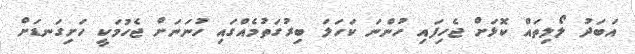
އަބަދު ލޯލިތައް ކޮޅަށް ޖެހިފައި ހުންނަ ކަހަލަ ބިރުގަތުމެއްގައި ހުނަނަށް ޖެހުމަކީ ހަށިގަނޑަށް